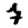
Digit: 7